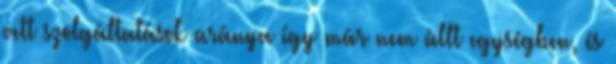
vett szolgáltatások aránya így már nem állt egységben, és